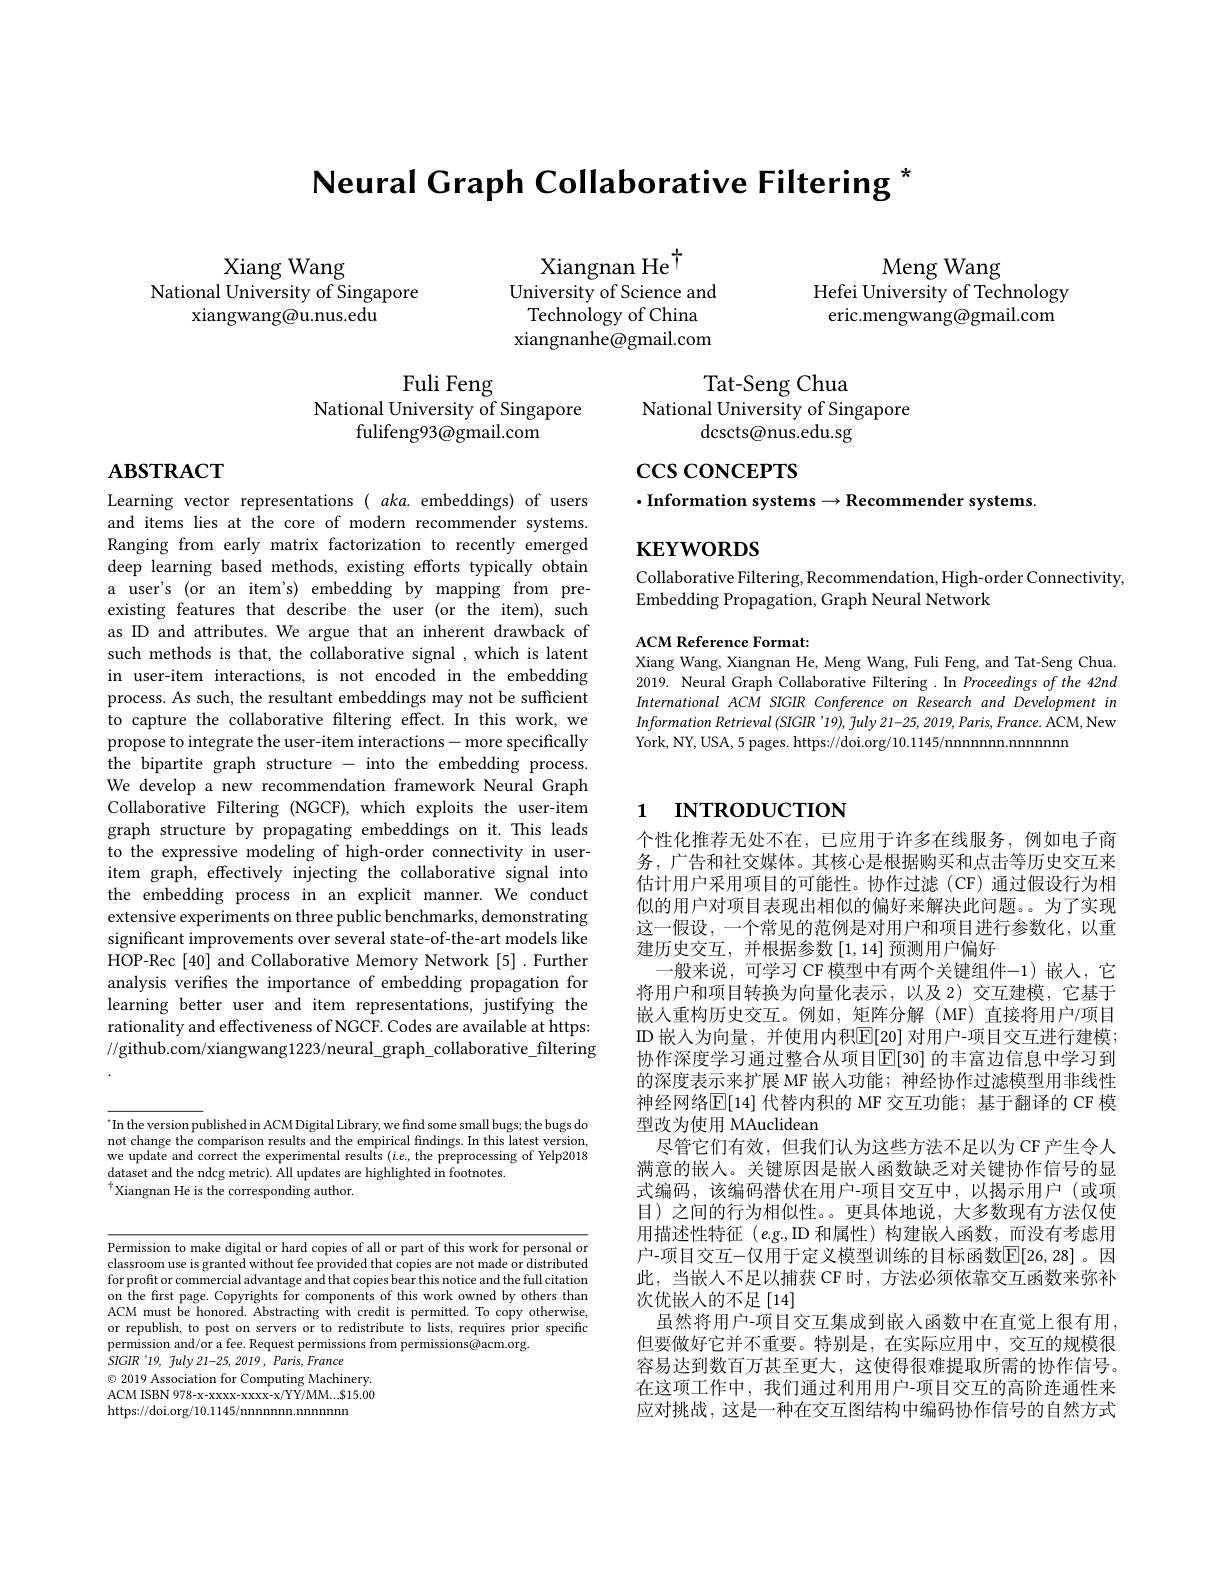
Neural Graph Collaborative Filtering "

Meng Wang
Hefei University of Technology eric.mengwang@gmail.com

Xiang Wang
National University of Singapore
xiangwang@u.nus.edu

Xiangnan He$^{\dagger}$
University of Science and
Technology of China xiangnanhe@gmail.com

Fuli Feng
National University of Singapore
fulifeng93@gmail.com

Tat-Seng Chua
National University of Singapore
dcscts@nus.edu.sg

$\csc\cos$coNCEPTS

# $\mathbf{ABSTRACT}$

$\cdot$Information systems$\to$Recommender systems

$\mathbf{KEYWORDS}$

Collaborative Filtering, Recommendation, High-order Connectivity,
Embedding Propagation, Graph Neural Network

ACM Reference Format:
Xiang Wang, Xiangnan He, Meng Wang, Fuli Feng, and Tat-Seng Chua 2019. Neural Graph Collaborative Filtering .In Proceedings of the 42nd International ACM SIGIR Conference on Research and Development in $Information\textit{ Retrieval ( SIGIR' 19) , fuly 21- 25, 2019, Paris, France. ACM, New}$ York, NY, USA, 5 pages. https://doi.org/10.1145/nnnnnnn.nnnnn

Learning vector representations( aka. embeddings) of users and items lies at the core of modern recommender systems. Ranging from early matrix factorization to recently emerged deep learning based methods, existing efforts typically obtain a user's (or an item's) embedding by mapping from preexisting features that describe the user (or the item), such as ID and attributes. We argue that an inherent drawback of such methods is that, the collaborative signal ,which is latent in user-item interactions, is not encoded in the embedding process. As such, the resultant embeddings may not be sufficient to capture the collaborative filtering effect. In this work, we propose to integrate the user-item interactions- more specifically the bipartite graph structure - into the embedding process. We develop a new recommendation framework Neural Graph Collaborative Filtering (NGCF), which exploits the user-item graph structure by propagating embeddings on it. This leads to the expressive modeling of high-order connectivity in useritem graph, effectively injecting the collaborative signal into the embedding process in an explicit manner. We conduct extensive experiments on three public benchmarks, demonstrating significant improvements over several state-of-the-art models like HOP-Rec [40] and Collaborative Memory Network [5]. Further analysis verifes the importance of embedding propagation for learning better user and item representations, justifying the rationality and effectiveness of NGCF. Codes are available at https: //github.com/xiangwang1223/neural\_graph\_collaborative\_filtering

# 1 INTRODUCTION

个性化推荐无处不在，已应用于许多在线服务，例如电子商务，广告和社交媒体。其核心是根据购买和点击等历史交互来估计用户采用项目的可能性。协作过滤(CF)通过假设行为相似的用户对项目表现出相似的偏好来解决此问题。为了实现这一假设，一个常见的范例是对用户和项目进行参数化，以重建历史交互，并根据参数[1,14]预测用户偏好
一般来说，可学习 CF 模型中有两个关键组件-1)嵌人，它将用户和项目转换为向量化表示，以及 2) 交互建模，它基于嵌人重构历史交互。例如，矩阵分解(MF)直接将用户/项目ID 嵌入为向量，并使用内积$\mathbb{E}[20]$ 对用户-项目交互进行建模； 协作深度学习通过整合从项目$\mathbb{E}[30]$ 的丰富边信息中学习到的深度表示来扩展 MF 嵌人功能；神经协作过滤模型用非线性神经网络$\mathbb{E}[14]$ 代替内积的 MF 交互功能；基于翻译的 CF 模型改为使用 MAuclidean
尽管它们有效，但我们认为这些方法不足以为 CF 产生令人满意的嵌入。关键原因是嵌人函数缺乏对关键协作信号的显式编码，该编码潜伏在用户-项目交互中，以揭示用户(或项目)之间的行为相似性。。更具体地说，大多数现有方法仅使用描述性特征(e.g.,ID 和属性)构建嵌入函数，而没有考虑用户-项目交互-仅用于定义模型训练的目标函数$\mathbb{E}[26,28]$。因此，当嵌人不足以捕获 CF时，方法必须依靠交互函数来弥补次优嵌人的不足[14]
虽然将用户-项目交互集成到嵌入函数中在直觉上很有用， 但要做好它并不重要。特别是，在实际应用中，交互的规模很容易达到数百万甚至更大，这使得很难提取所需的协作信号。在这项工作中，我们通过利用用户-项目交互的高阶连通性来应对挑战，这是一种在交互图结构中编码协作信号的自然方式

$^{*}$In the version published in ACM Digital Library, we find some small bugs; the bugs do not change the comparison results and the empirical findings. In this latest version, we update and correct the experimental results $(i.e.$,the preprocessing of Yelp2018 dataset and the ndcg metric). All updates are highlighted in footnotes.
$^{\dagger}$Xiangnan He is the corresponding author.

Permission to make digital or hard copies of all or part of this work for personal or classroom use is granted without fee provided that copies are not made or distributed classroom use is granted without fee provided that copies are not made or distributed che con con con con con con con con con con con co co distributed for profit or commercial advantage and that copies bear this notice and the full citation on the first page. Copyrights for components of this work owned by others than ACM must be honored. Abstracting with credit is permitted. To copy otherwise or republish, to post on servers or to redistribute to lists, requires prior specific permission and/or a fee. Request permissions from permissions@acm.org.
$SIGIR$'19, 7uly 21-25, 2019, Paris, France
$\odot$ 2019 Association for Computing Machinery. ACM ISBN 978-x-xxxx-xxxx-x/YY/MM...$15.00 https://doi.org/10.1145/nnnnnnn.nnnnn